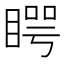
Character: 𥈭